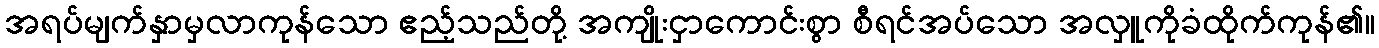
အရပ်မျက်နှာမှလာကုန်သော ဧည့်သည်တို့ အကျိုးငှာကောင်းစွာ စီရင်အပ်သော အလှူကိုခံထိုက်ကုန်၏။